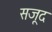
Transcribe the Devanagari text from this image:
सजूद